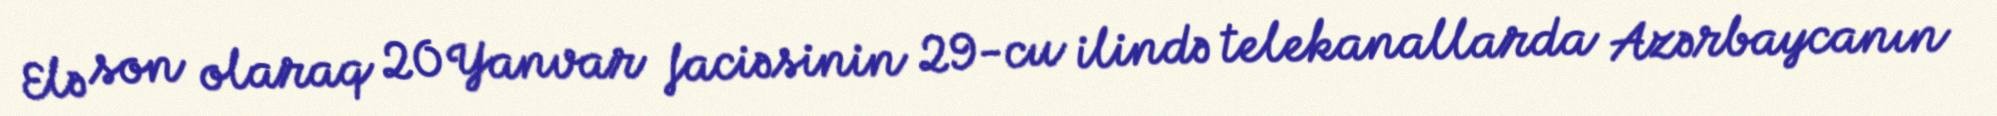
Elə son olaraq 20 Yanvar faciəsinin 29-cu ilində telekanallarda Azərbaycanın